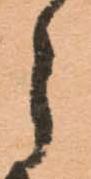
う